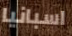
اسبانيا